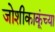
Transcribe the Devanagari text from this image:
जोशीकाकूंच्या